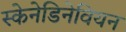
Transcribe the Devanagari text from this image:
स्केनेडिनेवियन